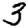
Digit: 3